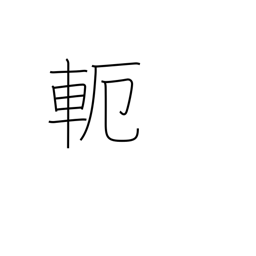
Meaning: yoke